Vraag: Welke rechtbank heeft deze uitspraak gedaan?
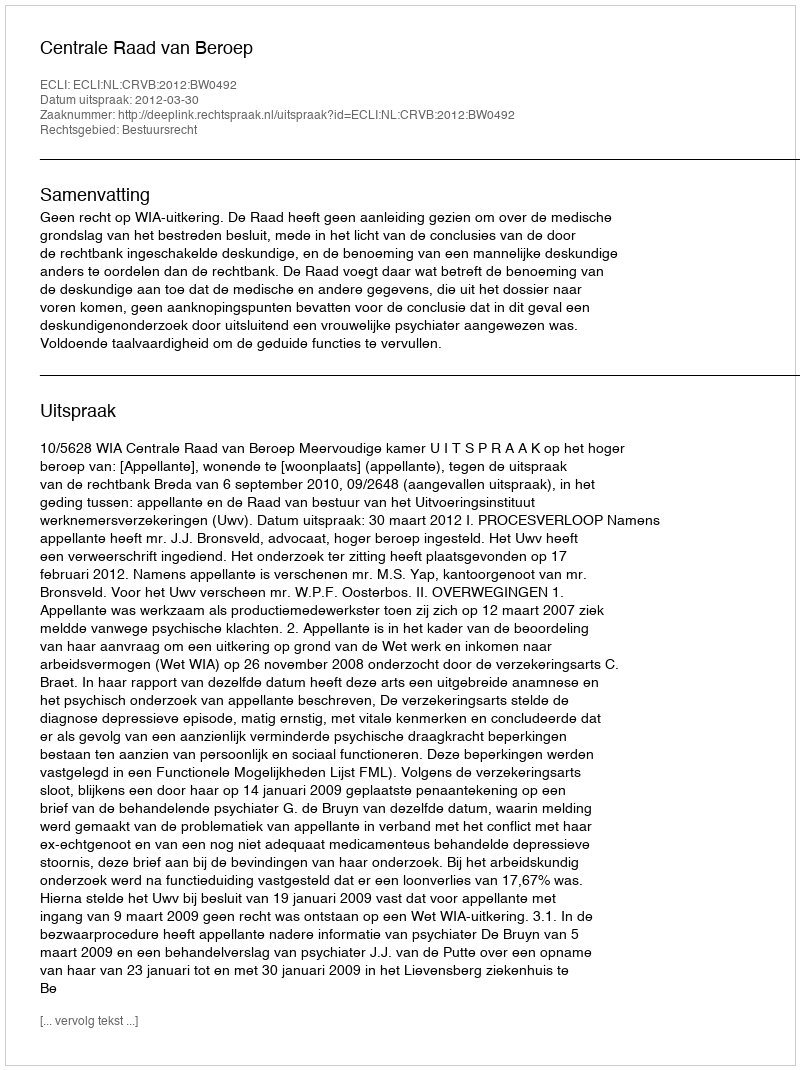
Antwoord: Centrale Raad van Beroep